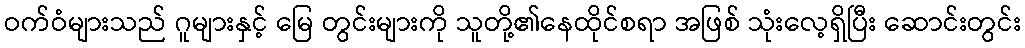
ဝက်ဝံများသည် ဂူများနှင့် မြေ တွင်းများကို သူတို့၏နေထိုင်စရာ အဖြစ် သုံးလေ့ရှိပြီး ဆောင်းတွင်း